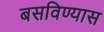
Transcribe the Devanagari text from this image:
बसविण्यास